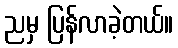
ညမှ ပြန်လာခဲ့တယ်။